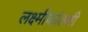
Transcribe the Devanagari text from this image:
लक्ष्मीकांतशी